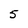
Character: 5